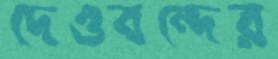
দেওবন্দের